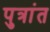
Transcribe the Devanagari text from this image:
पुत्रांत